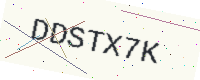
Text: DDSTX7K